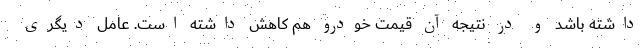
داشته باشد و در نتیجه آن قیمت خودرو هم کاهش داشته است. عامل دیگری